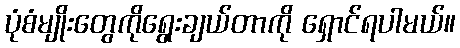
ပုံစံမျိုးတွေကိုရွေးချယ်တာကို ရှောင်ရပါမယ်။